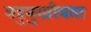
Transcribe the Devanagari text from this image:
बहुमुखीयता